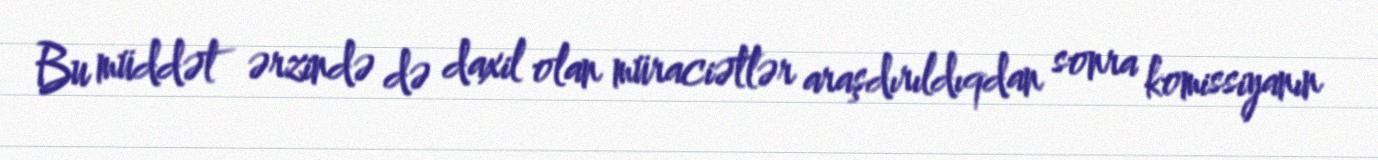
Bu müddət ərzində də daxil olan müraciətlər araşdırıldıqdan sonra komissiyanın